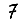
Digit: 7